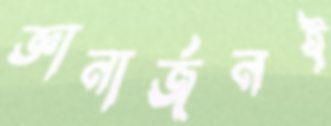
জ্ঞানার্জনই